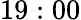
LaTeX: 19:00